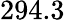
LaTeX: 294.3